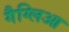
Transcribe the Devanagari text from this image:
गैग्लिआ